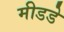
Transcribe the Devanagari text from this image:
मीडडे